Indian Medical Review
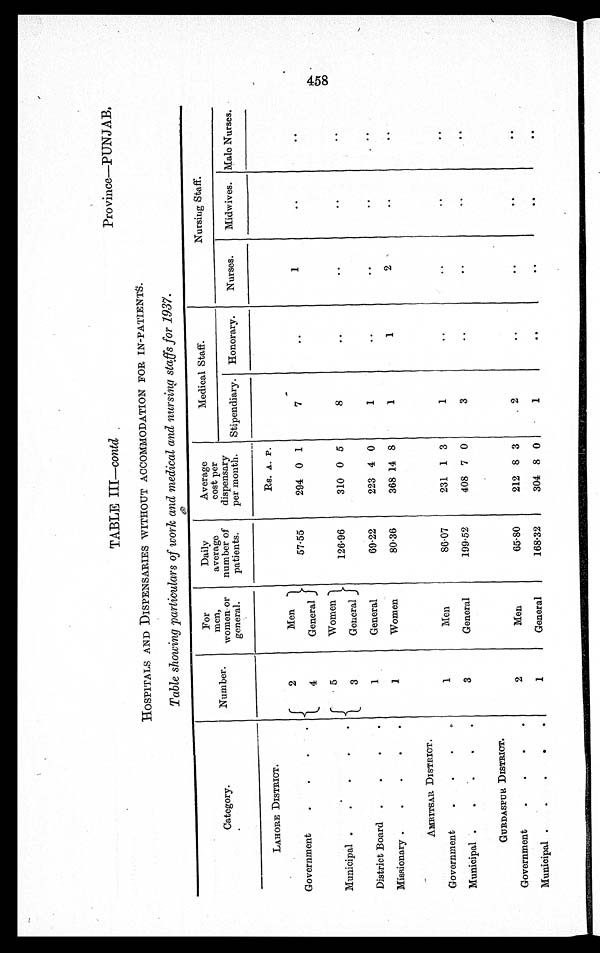
TABLE III—contd
Province—PUNJAB.
HOSPITALS AND DISPENSARIES WITHOUT ACCOMMODATION FOR IN-PATIENTS.
Table showing particulars of work and medical and nursing staffs for 1937.
Category .
Number.
For
men,
women or
general.
Daily
average
number of
patients.
Average
cost per
dispensary
per month.
Medical Staff.
Nursing Staff.
Stipendiary. Honorary.
Nurses.
Midwives. Male Nurses.
LAHORE DISTRICT.
Rs. A. P.
Government
.
.
.
.
2
4
Men
General
57.55
294 0 1
7
..
1
..
..
Municipal .
.
.
. .
5
3
Women
General
126.96
310 0 5
8
..
..
..
..
District Board .
.
. .
1
General
69.22
223 4 0
1
. .
..
..
..
Missionary .
.
.
. .
1
Women
80.36
368 14 8
1
1
2
..
..
AMRITSAR DISTRICT.
Government
.
.
. .
1
Men
86.07
231 1 3
1
..
..
..
..
Municipal .
.
.
. .
3
General
199.52
408 7 0
3
..
..
..
..
GURDASPUR DISTRICT.
Government
.
.
.
.
2
Men
65.80
212 8 3
2
..
..
. .
..
Municipal .
.
.
.
.
1
General
168.32
304 8 0
1
. .
. .
. .
..
458